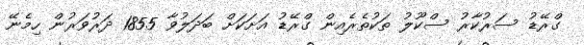
ގްރޭޑު ސަރުކާރު ސްކޫލު ތަކުތެރެއިން ގްރޭޑު އަށަކަށް ބަދަލުވާ 1855 ދަރުވަރުން ހިމެނޭ